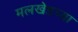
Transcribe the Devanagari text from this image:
मलखेडच्या